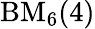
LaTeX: \mathrm{BM}_{6}(4)